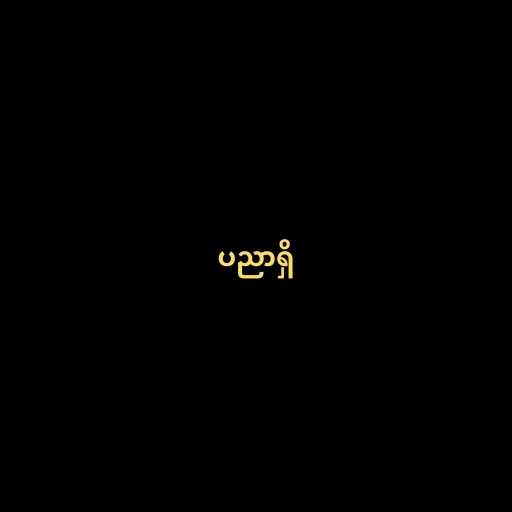
ပညာရှိ